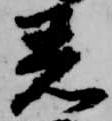
着